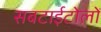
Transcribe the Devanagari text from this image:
सबटाईटोलों